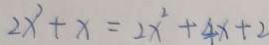
2 x ^ { 2 } + x = 2 x ^ { 2 } + 4 x + 2